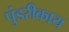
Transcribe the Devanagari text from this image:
पुंडरीकाय